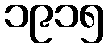
၁၉၁၅